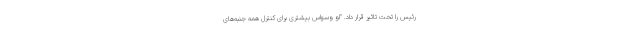
رئیس را تحت تاثیر قرار داد. "او وسواس بیشتری برای کنترل همه جنبه‌های